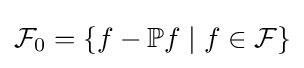
{\mathcal {F}}_{0}=\{f-\mathbb {P} f\mid f\in {\mathcal {F}}\}